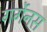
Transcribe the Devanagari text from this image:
गर्गेनस